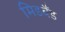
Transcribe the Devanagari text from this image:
मिडबैंड